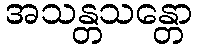
အသန္တသန္တော